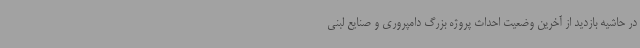
در حاشیه بازدید از آخرین وضعیت احداث پروژه بزرگ دامپروری و صنایع لبنی